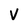
Character: V